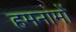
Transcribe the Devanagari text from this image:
हमनामों